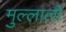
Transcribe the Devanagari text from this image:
मुल्लाली